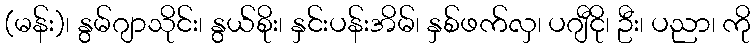
(မန်း)၊ နွမ်ဂျာသိုင်း၊ နွယ်စိုး၊ နှင်းပန်းအိမ်၊ နှစ်ဖက်လှ၊ ပဂျီငို၊ ဦး၊ ပညာ၊ ကို